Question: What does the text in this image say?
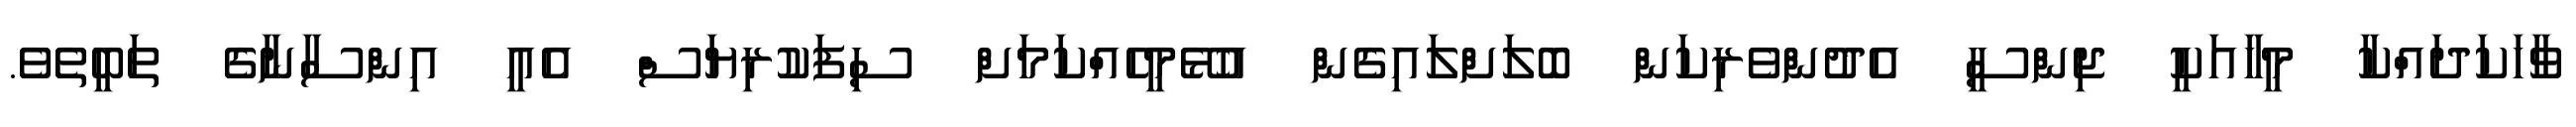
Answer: ވާހަކަދައްކާ މީހާއަކީ ޖިންސީ އެދުންވެރިކަން ބޮލަށްލައިގެން އުޅޭމީހެއްކަމަށް ސިފަކުރިޔަސް އެއީ އިންސާނާގެ ތަބީތެވެ.